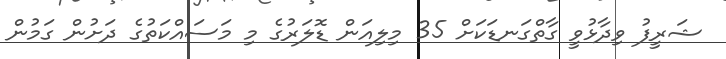
ޝަރީފު ވިދާޅުވީ ގާތްގަނޑަކަށް 35 މިލިއަން ޑޮލަރުގެ މި މަސައްކަތުގެ ދަށުން ގަމުން